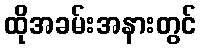
ထိုအခမ်းအနားတွင်